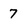
Character: 7